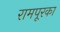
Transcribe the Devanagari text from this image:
रामपूरका